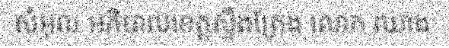
សំអុល អភិបាលខេត្តស្ទឹងត្រែង លោក ឈាង